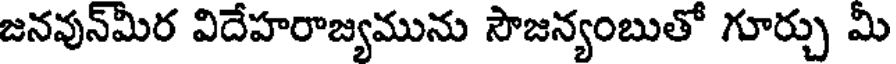
జనవున్మీర విదేహరాజ్యమును సౌజన్యంబుతో గూర్చు మీ